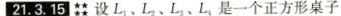
21.3.15禁设 $$L_{1},L_{2},L_{3},L_{4}$$ }是一个正方形桌子